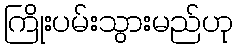
ကြိုးပမ်းသွားမည်ဟု